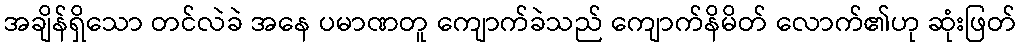
အချိန်ရှိသော တင်လဲခဲ အနေ ပမာဏတူ ကျောက်ခဲသည် ကျောက်နိမိတ် လောက်၏ဟု ဆုံးဖြတ်